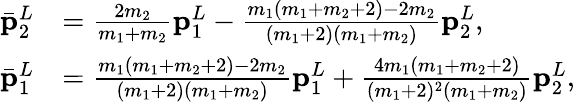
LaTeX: \begin{array}{rl}{\bar{\mathbf{p}}_{2}^{L}}&{=\frac{2m_{2}}{m_{1}+m_{2}}\mathbf{p}_{1}^{L}-\frac{m_{1}(m_{1}+m_{2}+2)-2m_{2}}{(m_{1}+2)(m_{1}+m_{2})}\mathbf{p}_{2}^{L},}\\ {\bar{\mathbf{p}}_{1}^{L}}&{=\frac{m_{1}(m_{1}+m_{2}+2)-2m_{2}}{(m_{1}+2)(m_{1}+m_{2})}\mathbf{p}_{1}^{L}+\frac{4m_{1}(m_{1}+m_{2}+2)}{(m_{1}+2)^{2}(m_{1}+m_{2})}\mathbf{p}_{2}^{L},}\end{array}